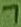
Text: 7